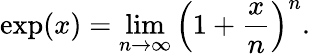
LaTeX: \exp(x)=\operatorname*{lim}_{n\to\infty}\left(1+{\frac{x}{n}}\right)^{n}.